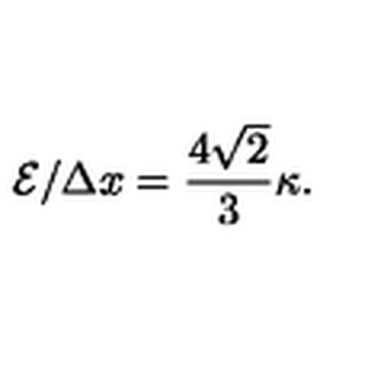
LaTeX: { \cal E } / \Delta x = \frac { 4 \sqrt { 2 } } { 3 } \kappa .